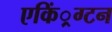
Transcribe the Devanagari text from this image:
एकिं्रग्टन